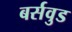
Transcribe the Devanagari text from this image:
बर्सवुड